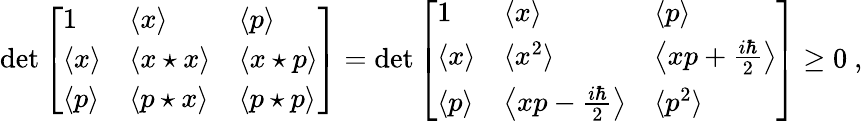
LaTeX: \operatorname*{det}{\left[\begin{array}{lll}{1}&{\langle x\rangle}&{\langle p\rangle}\\ {\langle x\rangle}&{\langle x\star x\rangle}&{\langle x\star p\rangle}\\ {\langle p\rangle}&{\langle p\star x\rangle}&{\langle p\star p\rangle}\end{array}\right]}=\operatorname*{det}{\left[\begin{array}{lll}{1}&{\langle x\rangle}&{\langle p\rangle}\\ {\langle x\rangle}&{\langle x^{2}\rangle}&{\left\langle xp+{\frac{i\hbar}{2}}\right\rangle}\\ {\langle p\rangle}&{\left\langle xp-{\frac{i\hbar}{2}}\right\rangle}&{\langle p^{2}\rangle}\end{array}\right]}\geq 0~,